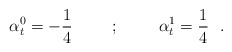
\begin{align*}\alpha^0_t = -{1\over 4} \hskip 1cm ; \hskip 1cm \alpha^1_t = {1\over 4}~~.\end{align*}